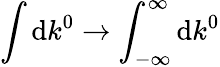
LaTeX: \int\mathrm{d}k^{0}\to\int_{-\infty}^{\infty}\mathrm{d}k^{0}